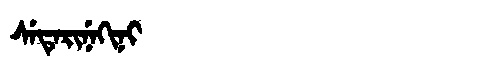
Manchu: ᠰᡝᡨᡝᡵᡳᠨᡝᡴᡳᠨᡳ
Romanization: SETERINEKINI